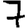
Digit: 7